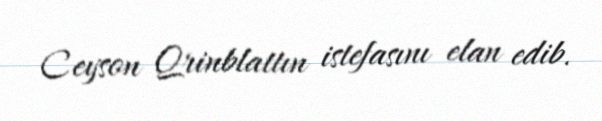
Ceyson Qrinblattın istefasını elan edib.